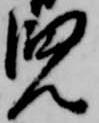
兒